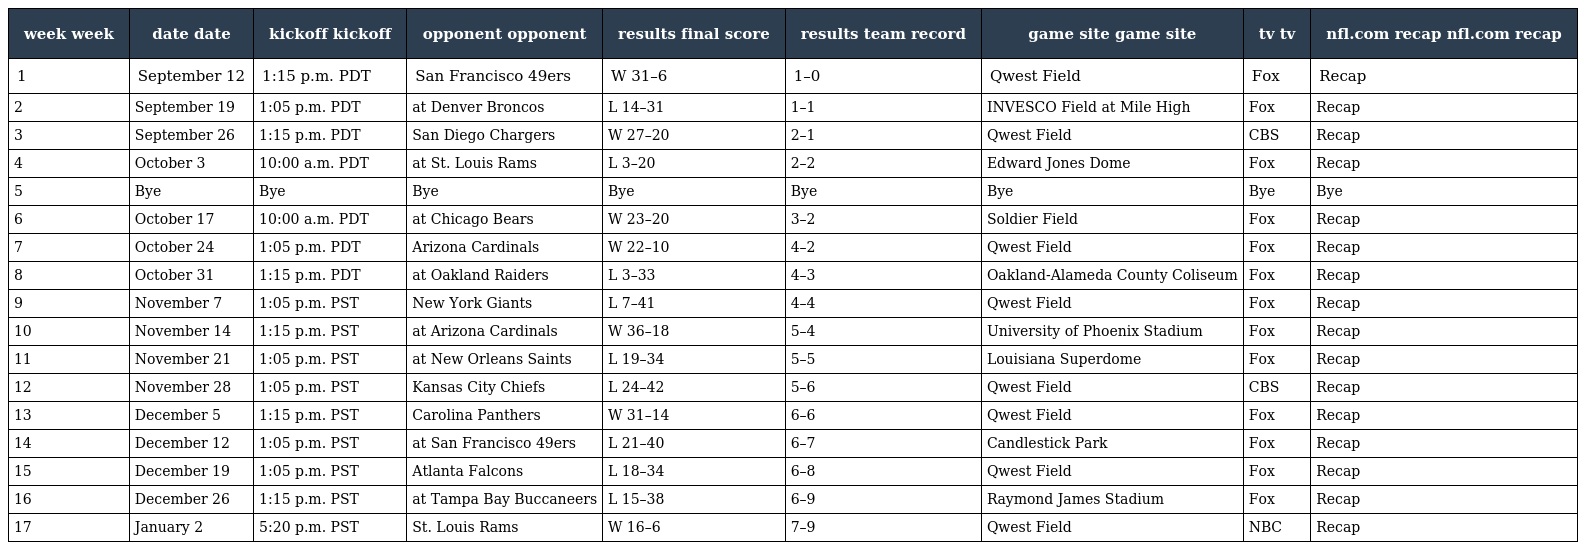
| week week | date date | kickoff kickoff | opponent opponent | results final score | results team record | game site game site | tv tv | nfl.com recap nfl.com recap |
 | --- | --- | --- | --- | --- | --- | --- | --- | --- |
 | 1 | September 12 | 1:15 p.m. PDT | San Francisco 49ers | W 31–6 | 1–0 | Qwest Field | Fox | Recap |
 | 2 | September 19 | 1:05 p.m. PDT | at Denver Broncos | L 14–31 | 1–1 | INVESCO Field at Mile High | Fox | Recap |
 | 3 | September 26 | 1:15 p.m. PDT | San Diego Chargers | W 27–20 | 2–1 | Qwest Field | CBS | Recap |
 | 4 | October 3 | 10:00 a.m. PDT | at St. Louis Rams | L 3–20 | 2–2 | Edward Jones Dome | Fox | Recap |
 | 5 | Bye | Bye | Bye | Bye | Bye | Bye | Bye | Bye |
 | 6 | October 17 | 10:00 a.m. PDT | at Chicago Bears | W 23–20 | 3–2 | Soldier Field | Fox | Recap |
 | 7 | October 24 | 1:05 p.m. PDT | Arizona Cardinals | W 22–10 | 4–2 | Qwest Field | Fox | Recap |
 | 8 | October 31 | 1:15 p.m. PDT | at Oakland Raiders | L 3–33 | 4–3 | Oakland-Alameda County Coliseum | Fox | Recap |
 | 9 | November 7 | 1:05 p.m. PST | New York Giants | L 7–41 | 4–4 | Qwest Field | Fox | Recap |
 | 10 | November 14 | 1:15 p.m. PST | at Arizona Cardinals | W 36–18 | 5–4 | University of Phoenix Stadium | Fox | Recap |
 | 11 | November 21 | 1:05 p.m. PST | at New Orleans Saints | L 19–34 | 5–5 | Louisiana Superdome | Fox | Recap |
 | 12 | November 28 | 1:05 p.m. PST | Kansas City Chiefs | L 24–42 | 5–6 | Qwest Field | CBS | Recap |
 | 13 | December 5 | 1:15 p.m. PST | Carolina Panthers | W 31–14 | 6–6 | Qwest Field | Fox | Recap |
 | 14 | December 12 | 1:05 p.m. PST | at San Francisco 49ers | L 21–40 | 6–7 | Candlestick Park | Fox | Recap |
 | 15 | December 19 | 1:05 p.m. PST | Atlanta Falcons | L 18–34 | 6–8 | Qwest Field | Fox | Recap |
 | 16 | December 26 | 1:15 p.m. PST | at Tampa Bay Buccaneers | L 15–38 | 6–9 | Raymond James Stadium | Fox | Recap |
 | 17 | January 2 | 5:20 p.m. PST | St. Louis Rams | W 16–6 | 7–9 | Qwest Field | NBC | Recap |